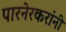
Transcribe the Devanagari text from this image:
पारनेरकरांनी